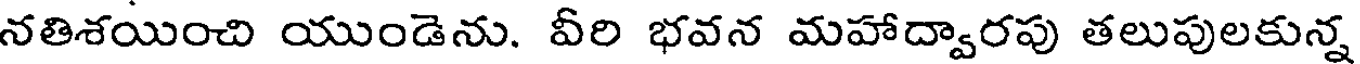
నతిశయించి యుండెను. వీరి భవన మహాద్వారపు తలుపులకున్న